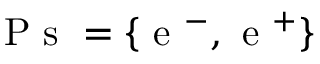
\mathrm { ~ P ~ s ~ } = \lbrace \mathrm { ~ e ~ } ^ { - } , \mathrm { ~ e ~ } ^ { + } \rbrace